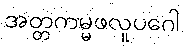
အတ္တကမ္မဖလူပဂေါ